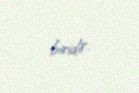
biridir.